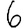
Digit: 6